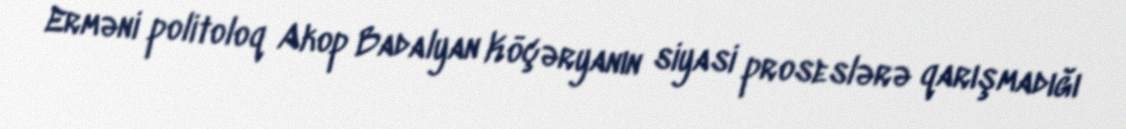
Erməni politoloq Akop Badalyan Köçəryanın siyasi proseslərə qarışmadığı